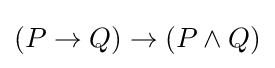
(P\to Q)\to (P\land Q)